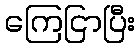
ကြေငြာပြီး